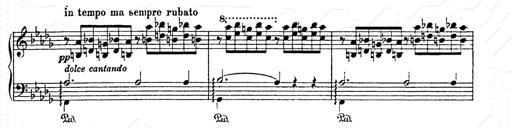
Title: AnnÃ©es de pÃ¨lerinage II
Composer: Franz Liszt